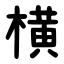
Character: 横